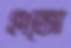
এজো